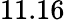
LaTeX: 11.16